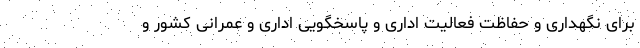
برای نگهداری و حفاظت فعالیت اداری و پاسخگویی اداری و عمرانی کشور و